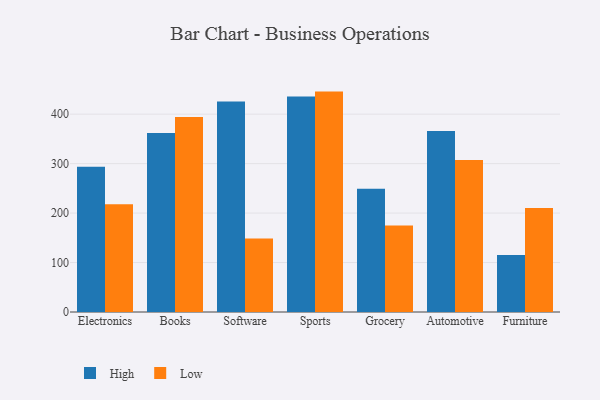
{"axis": {"x": "Category", "y": "Humidity (%)"}, "legend": ["High", "Low"], "data": [{"x": "Electronics", "y": 293.8, "type": "High"}, {"x": "Electronics", "y": 217.8, "type": "Low"}, {"x": "Books", "y": 361.9, "type": "High"}, {"x": "Books", "y": 394.2, "type": "Low"}, {"x": "Software", "y": 425.5, "type": "High"}, {"x": "Software", "y": 148.4, "type": "Low"}, {"x": "Sports", "y": 435.6, "type": "High"}, {"x": "Sports", "y": 445.6, "type": "Low"}, {"x": "Grocery", "y": 249.2, "type": "High"}, {"x": "Grocery", "y": 174.8, "type": "Low"}, {"x": "Automotive", "y": 365.8, "type": "High"}, {"x": "Automotive", "y": 307.3, "type": "Low"}, {"x": "Furniture", "y": 115.0, "type": "High"}, {"x": "Furniture", "y": 210.5, "type": "Low"}]}